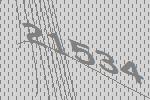
21534